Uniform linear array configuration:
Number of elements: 64
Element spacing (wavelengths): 0.25
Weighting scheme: uniform
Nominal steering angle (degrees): -45
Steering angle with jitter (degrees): -45.101
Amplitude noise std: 0.05
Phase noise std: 0.05

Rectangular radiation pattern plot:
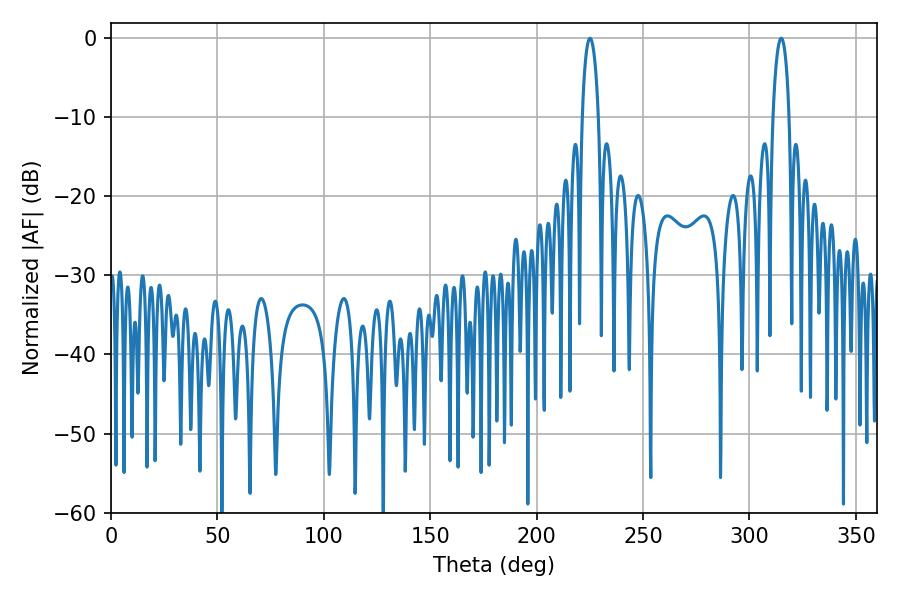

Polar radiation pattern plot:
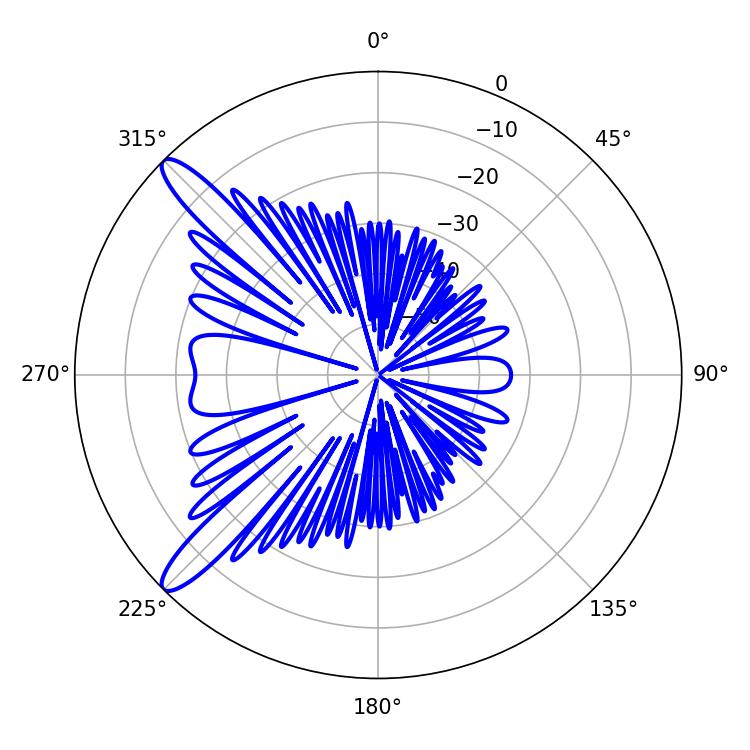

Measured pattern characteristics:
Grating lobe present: FALSE
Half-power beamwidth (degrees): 4.32
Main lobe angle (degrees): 225